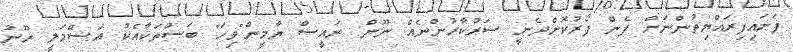
ފަށައިފިރައްޔިތުންނަށް ފެން ފޯރުކޮށްދެނީ ސަރުކާރުންނެއް ނޫން: ރައީސް ޔާމީން"ވިހަ" ބަސްތަކާއެކު އަޝްމަލީ ހޫނު